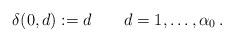
LaTeX: \begin{align*}\delta(0,d):=d \qquad d=1,\ldots,\alpha_0\,.\end{align*}